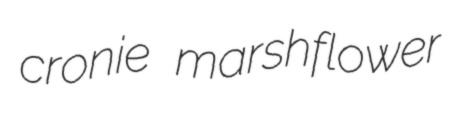
cronie marshflower